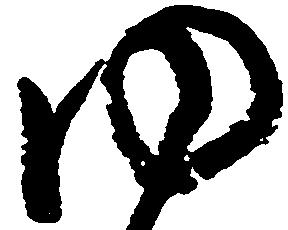
ゆ